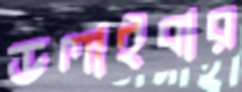
ডলাইবার